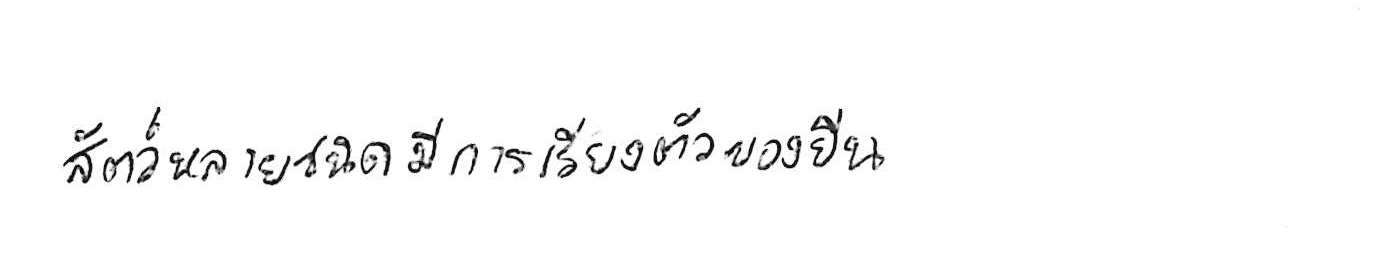
สัตว์หลายชนิดมีการเรียงตัวของยีน